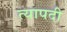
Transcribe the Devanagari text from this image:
त्यापदी